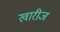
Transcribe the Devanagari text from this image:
खारीज